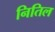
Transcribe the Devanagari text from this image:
नितिल